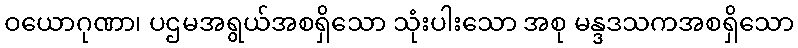
ဝယောဂုဏာ၊ ပဌမအရွယ်အစရှိသော သုံးပါးသော အစု မန္ဒဒသကအစရှိသော